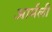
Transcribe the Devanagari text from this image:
आर्मली